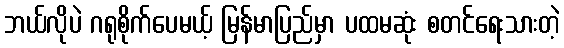
ဘယ်လိုပဲ ဂရုစိုက်ပေမယ့် မြန်မာပြည်မှာ ပထမဆုံး စတင်ရေးသားတဲ့